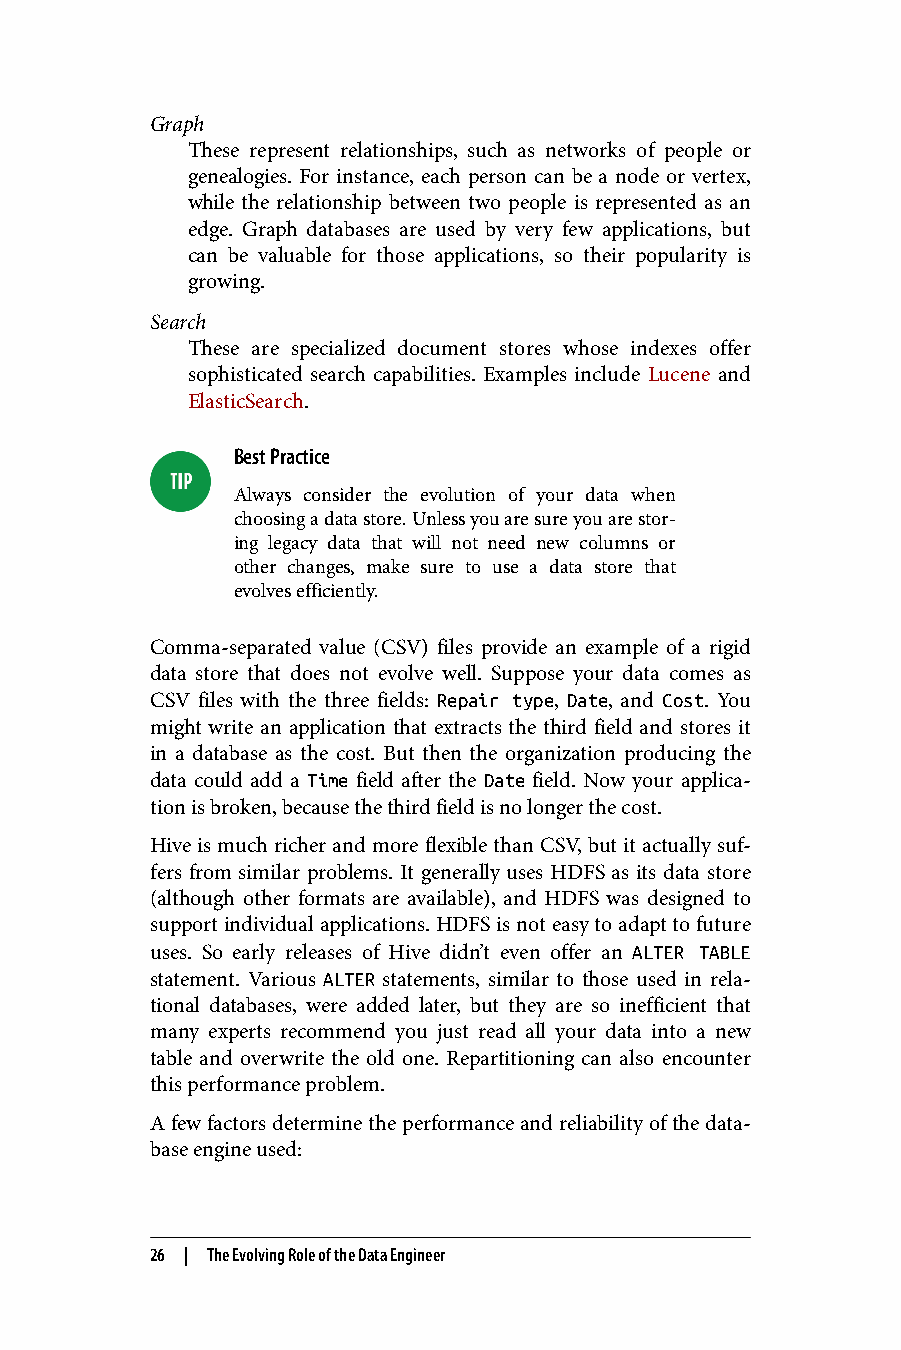
Graph
 These represent relationships, such as networks of people or
 genealogies. For instance, each person can be a node or vertex,
 while the relationship between two people is represented as an
 edge. Graph databases are used by very few applications, but
 can be valuable for those applications, so their popularity is
 growing.
 Search
 These are specialized document stores whose indexes offer
 sophisticated search capabilities. Examples include Lucene and
 ElasticSearch.
 Best Practice
 Always consider the evolution of your data when
 choosing a data store. Unless you are sure you are stor‐
 ing legacy data that will not need new columns or
 other changes, make sure to use a data store that
 evolves efficiently.
 Comma-separated value (CSV) files provide an example of a rigid
 data store that does not evolve well. Suppose your data comes as
 CSV files with the three fields: Repair type, Date, and Cost. You
 might write an application that extracts the third field and stores it
 in a database as the cost. But then the organization producing the
 data could add a Time field after the Date field. Now your applica‐
 tion is broken, because the third field is no longer the cost.
 Hive is much richer and more flexible than CSV, but it actually suf‐
 fers from similar problems. It generally uses HDFS as its data store
 (although other formats are available), and HDFS was designed to
 support individual applications. HDFS is not easy to adapt to future
 uses. So early releases of Hive didn’t even offer an ALTER TABLE
 statement. Various ALTER statements, similar to those used in rela‐
 tional databases, were added later, but they are so inefficient that
 many experts recommend you just read all your data into a new
 table and overwrite the old one. Repartitioning can also encounter
 this performance problem.
 A few factors determine the performance and reliability of the data‐
 base engine used:
 26 | The Evolving Role of the Data Engineer